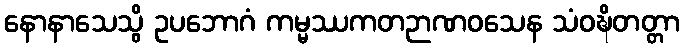
နောနာသေသွိ ဥပဘောဂံ ကမ္မဿကတဉာဏဝသေန သံဝဍ္ဎိတတ္တာ